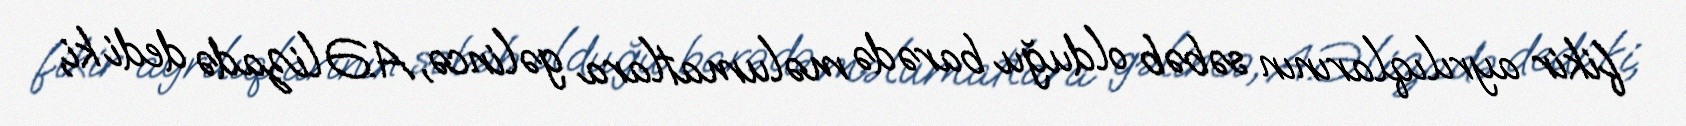
fikir ayrılıqlarının səbəb olduğu barədə məlumatlara gəlincə, A.Əlizadə dedi ki,